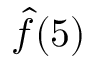
{ \hat { f } } ( 5 )